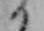
め